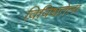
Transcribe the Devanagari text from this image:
विविधतेला